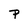
Character: P